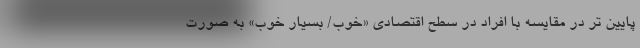
پایین تر در مقایسه با افراد در سطح اقتصادی «خوب/ بسیار خوب» به صورت